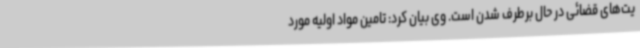
یت‌های قضائی در حال برطرف شدن است. وی بیان کرد: تامین مواد اولیه مورد